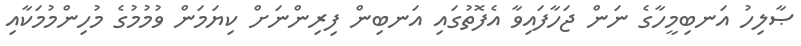
ޞާލިހު އަނބިމީހާގެ ނަން ޖަހާފައިވާ އެފޮތުގައި އަނބިން ފިރިންނަށް ކިޔަމަން ވުމުމުގެ މުހިންމުމަކާއި